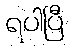
ရပါပြီ